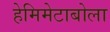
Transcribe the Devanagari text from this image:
हेमिमेटाबोला